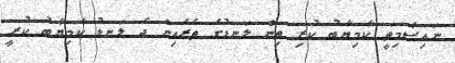
ނައިސްމިތީ ކާމިޔާބު ކުރި ތިން ލަނޑުގެ ތެރެއިން ދެ ލަނޑު ކާމިޔާބު ކުރީ